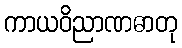
ကာယဝိညာဏဓာတု